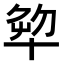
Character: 𠦨